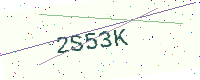
Text: 2S53K